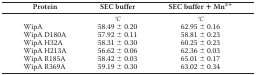
<table><thead><tr><td><b>Protein</b></td><td><b>SEC buffer</b></td><td><b>SEC buffer + Mn<sup>2+</sup></b></td></tr></thead><tbody><tr><td></td><td>°<i>C</i></td><td>°<i>C</i></td></tr><tr><td>WipA</td><td>58.49 ± 0.20</td><td>62.95 ± 0.16</td></tr><tr><td>WipA D180A</td><td>57.92 ± 0.11</td><td>58.81 ± 0.23</td></tr><tr><td>WipA H32A</td><td>58.31 ± 0.30</td><td>60.25 ± 0.23</td></tr><tr><td>WipA H213A</td><td>56.62 ± 0.06</td><td>62.36 ± 0.03</td></tr><tr><td>WipA R185A</td><td>58.42 ± 0.03</td><td>65.01 ± 0.17</td></tr><tr><td>WipA R369A</td><td>59.19 ± 0.30</td><td>63.02 ± 0.34</td></tr></tbody></table>